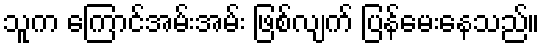
သူက ကြောင်အမ်းအမ်း ဖြစ်လျက် ပြန်မေးနေသည်။